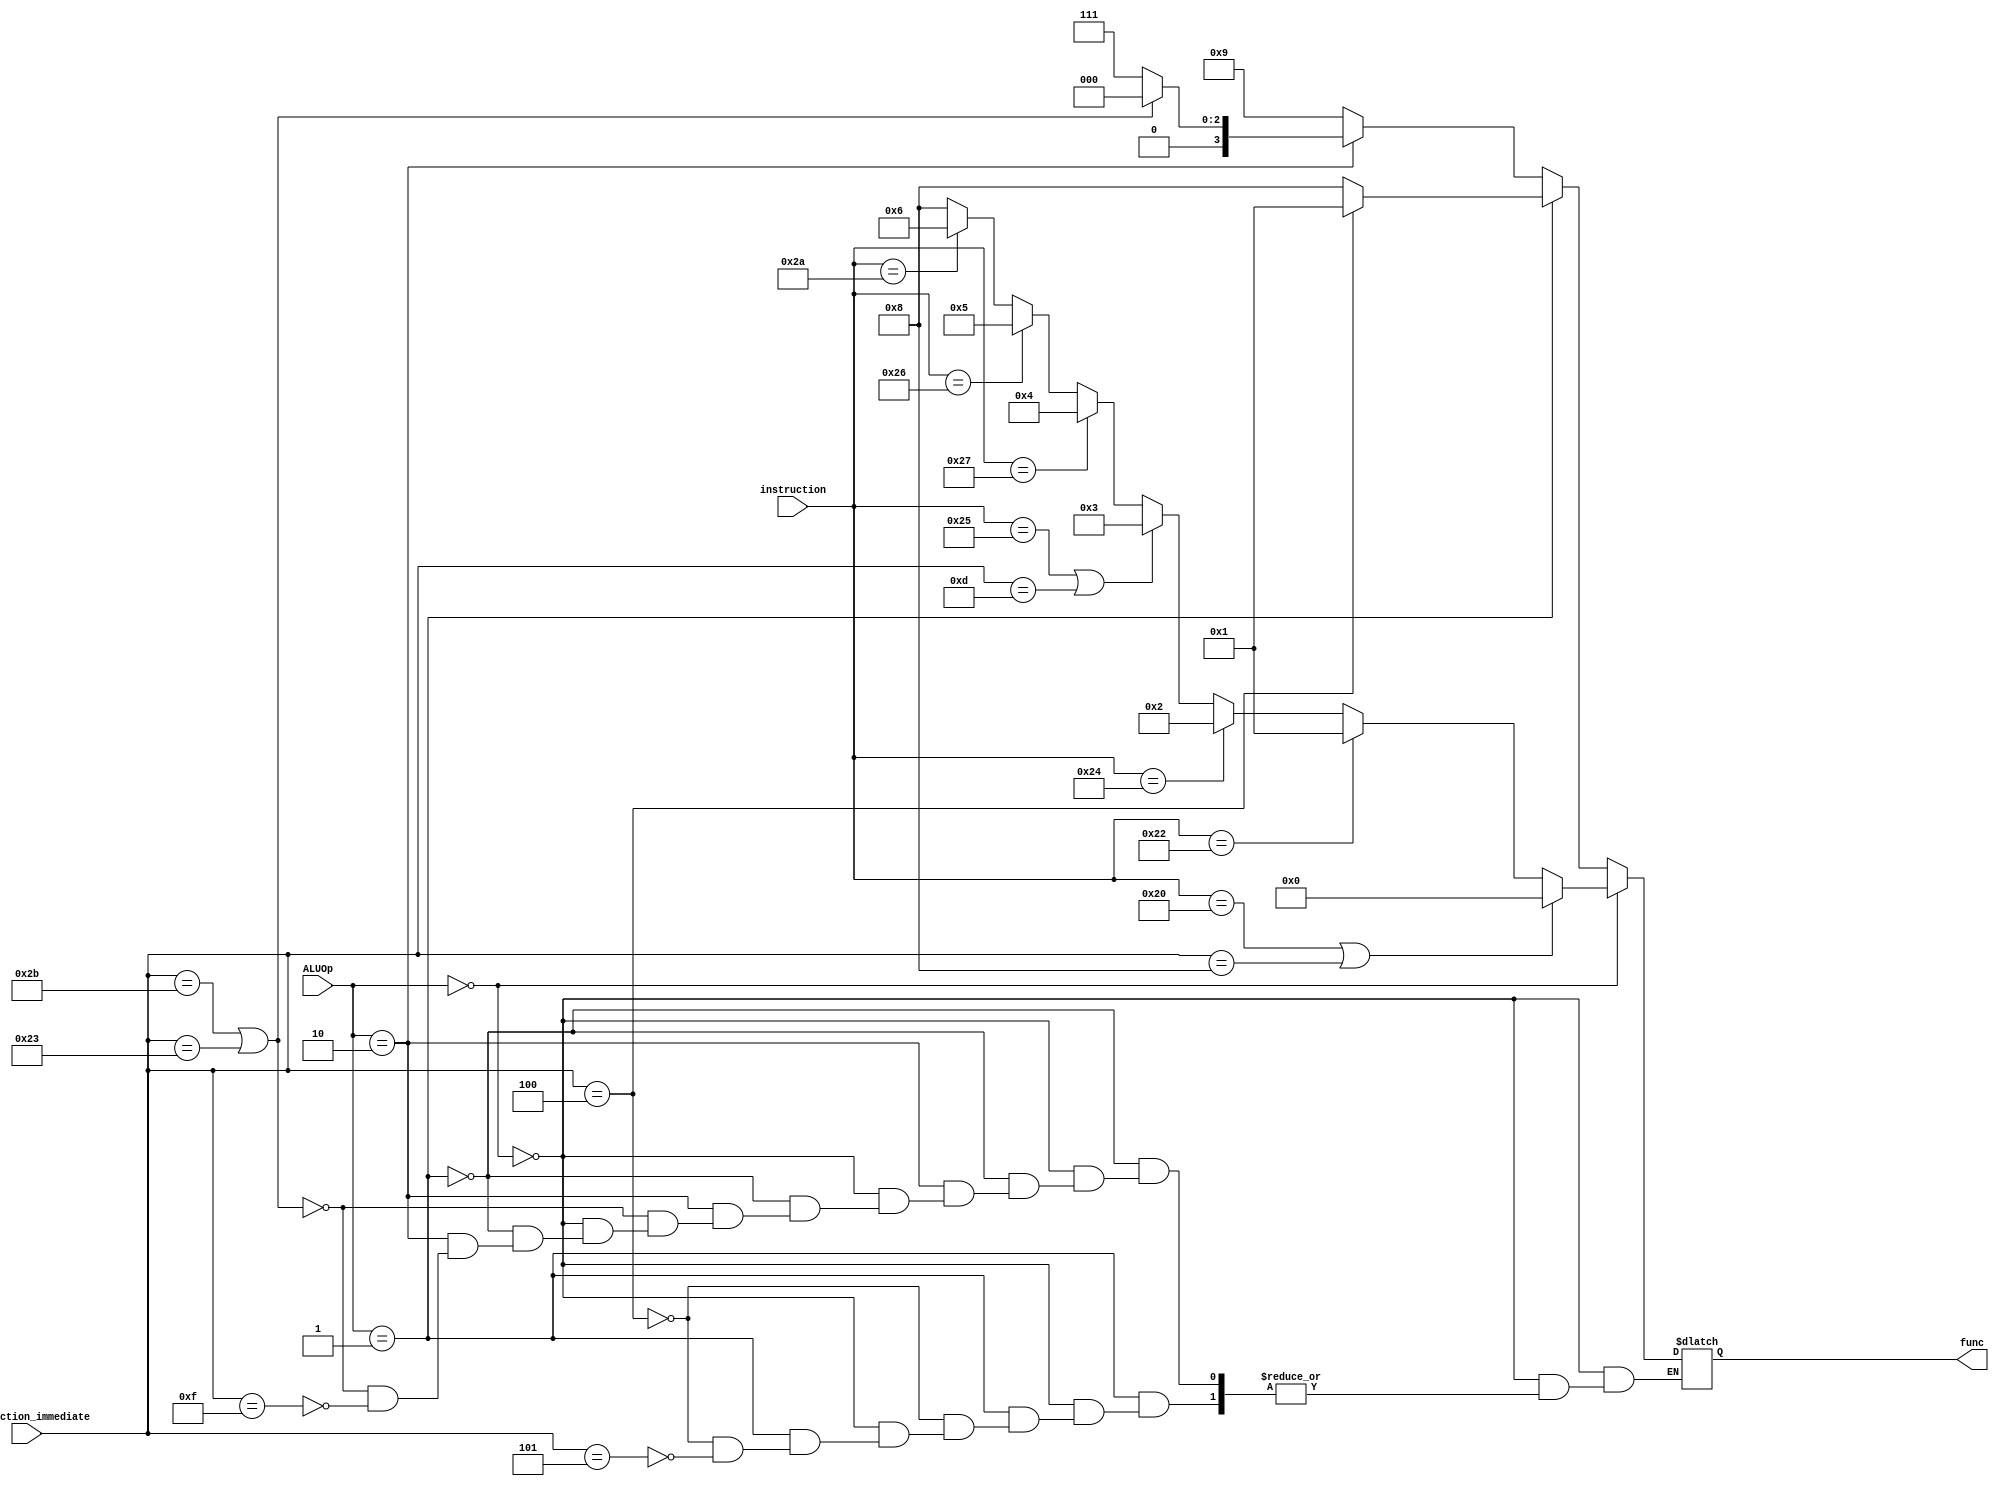
`timescale 1ns / 1ns

module ALU_control(
     input [5:0] instruction_immediate,
	 input [5:0] instruction,
	 input [1:0] ALUOp,
	 output reg [3:0] func
    );

 always @(*) begin
	if (ALUOp == 2'b00) begin  	//Rtype
		if (instruction == 6'h20 || instruction_immediate == 6'b001000) 
		func = 4'd0;
		else if (instruction == 6'h22)
		func = 4'd1;
		else if (instruction == 6'h24)
		func = 4'd2;
		else if (instruction == 6'h25 || instruction_immediate == 6'b001101)
		func = 4'd3;
		else if (instruction == 6'h27)
		func = 4'd4;
		else if (instruction == 6'b100110)
		func = 4'd5;
		else if (instruction == 6'b101010)
		func = 4'd6;
		else
		func = 4'd8;
	end else if (ALUOp == 2'b01) begin 		//branch
	    if(instruction_immediate == 6'b000100)
		func = 4'd1;
		else if (instruction_immediate == 6'b000101)
		func = 4'd8;
	end else if (ALUOp == 2'b10) begin  //SW, LW, LUI
	    if(instruction_immediate == 6'b101011 || instruction_immediate == 6'b100011)
		func = 4'd0;
		else if (instruction_immediate == 6'b001111)
		func = 4'd7;
	end else begin
		func = 4'd9;
	end
   end


endmodule